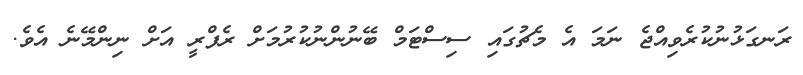
ރަނގަޅުނުކުރެވިއްޖެ ނަމަ އެ މެޗުގައި ސިސްޓަމް ބޭނުންނުކުރުމަށް ރެފްރީ އަށް ނިންމޭނެ އެވެ.